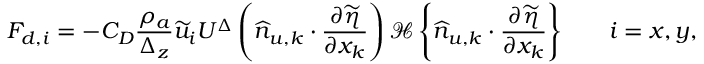
{ F } _ { d , i } = - C _ { D } \frac { \rho _ { a } } { \Delta _ { z } } \widetilde { u } _ { i } U ^ { \Delta } \left( \widehat { n } _ { u , k } \cdot \frac { \partial \widetilde { \eta } } { \partial x _ { k } } \right) { \mathcal { H } \left\{ \widehat { n } _ { u , k } \cdot \frac { \partial \widetilde { \eta } } { \partial x _ { k } } \right\} } \qquad i = x , y ,